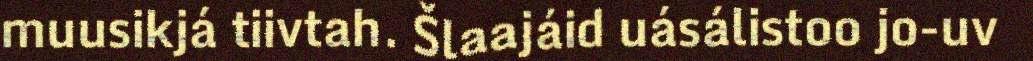
muusikjá tiivtah. Šlaajáid uásálistoo jo-uv